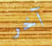
آخر